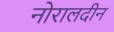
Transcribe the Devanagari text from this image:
नोरालदीन